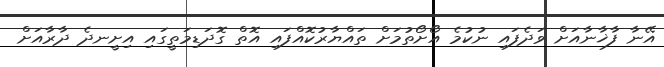
އޭނާ ފާޚާނާއަށް ވަދެފައި ނުކުމެ އޯށޯތުމަށް ތައްޔާރުކޮއްފައި އޮތް ގޮދަޑިމަތީގައި އިށީނދެ ދާރާއަށް